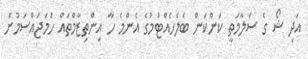
އަދި ޝޯ ގެ ސަލާމަތީ ކަންކަން ބެލެހެއްޓުމުގެ އެންމެ ހާ އިންތިޒާމްތައް ހަމަޖައްސަމުން